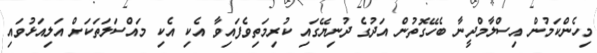
މިހެންކަމުން އިސްލާމްދީނާ ބެހޭގޮތުން އަދުގެ ދުނިޔޭގައި ކުރިމަތިވެފައިވާ އެކި އެކި މައްސަލަތަކަށް އަލިއަޅުވައި